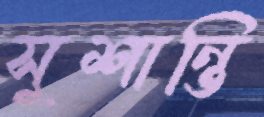
সুশান্তি